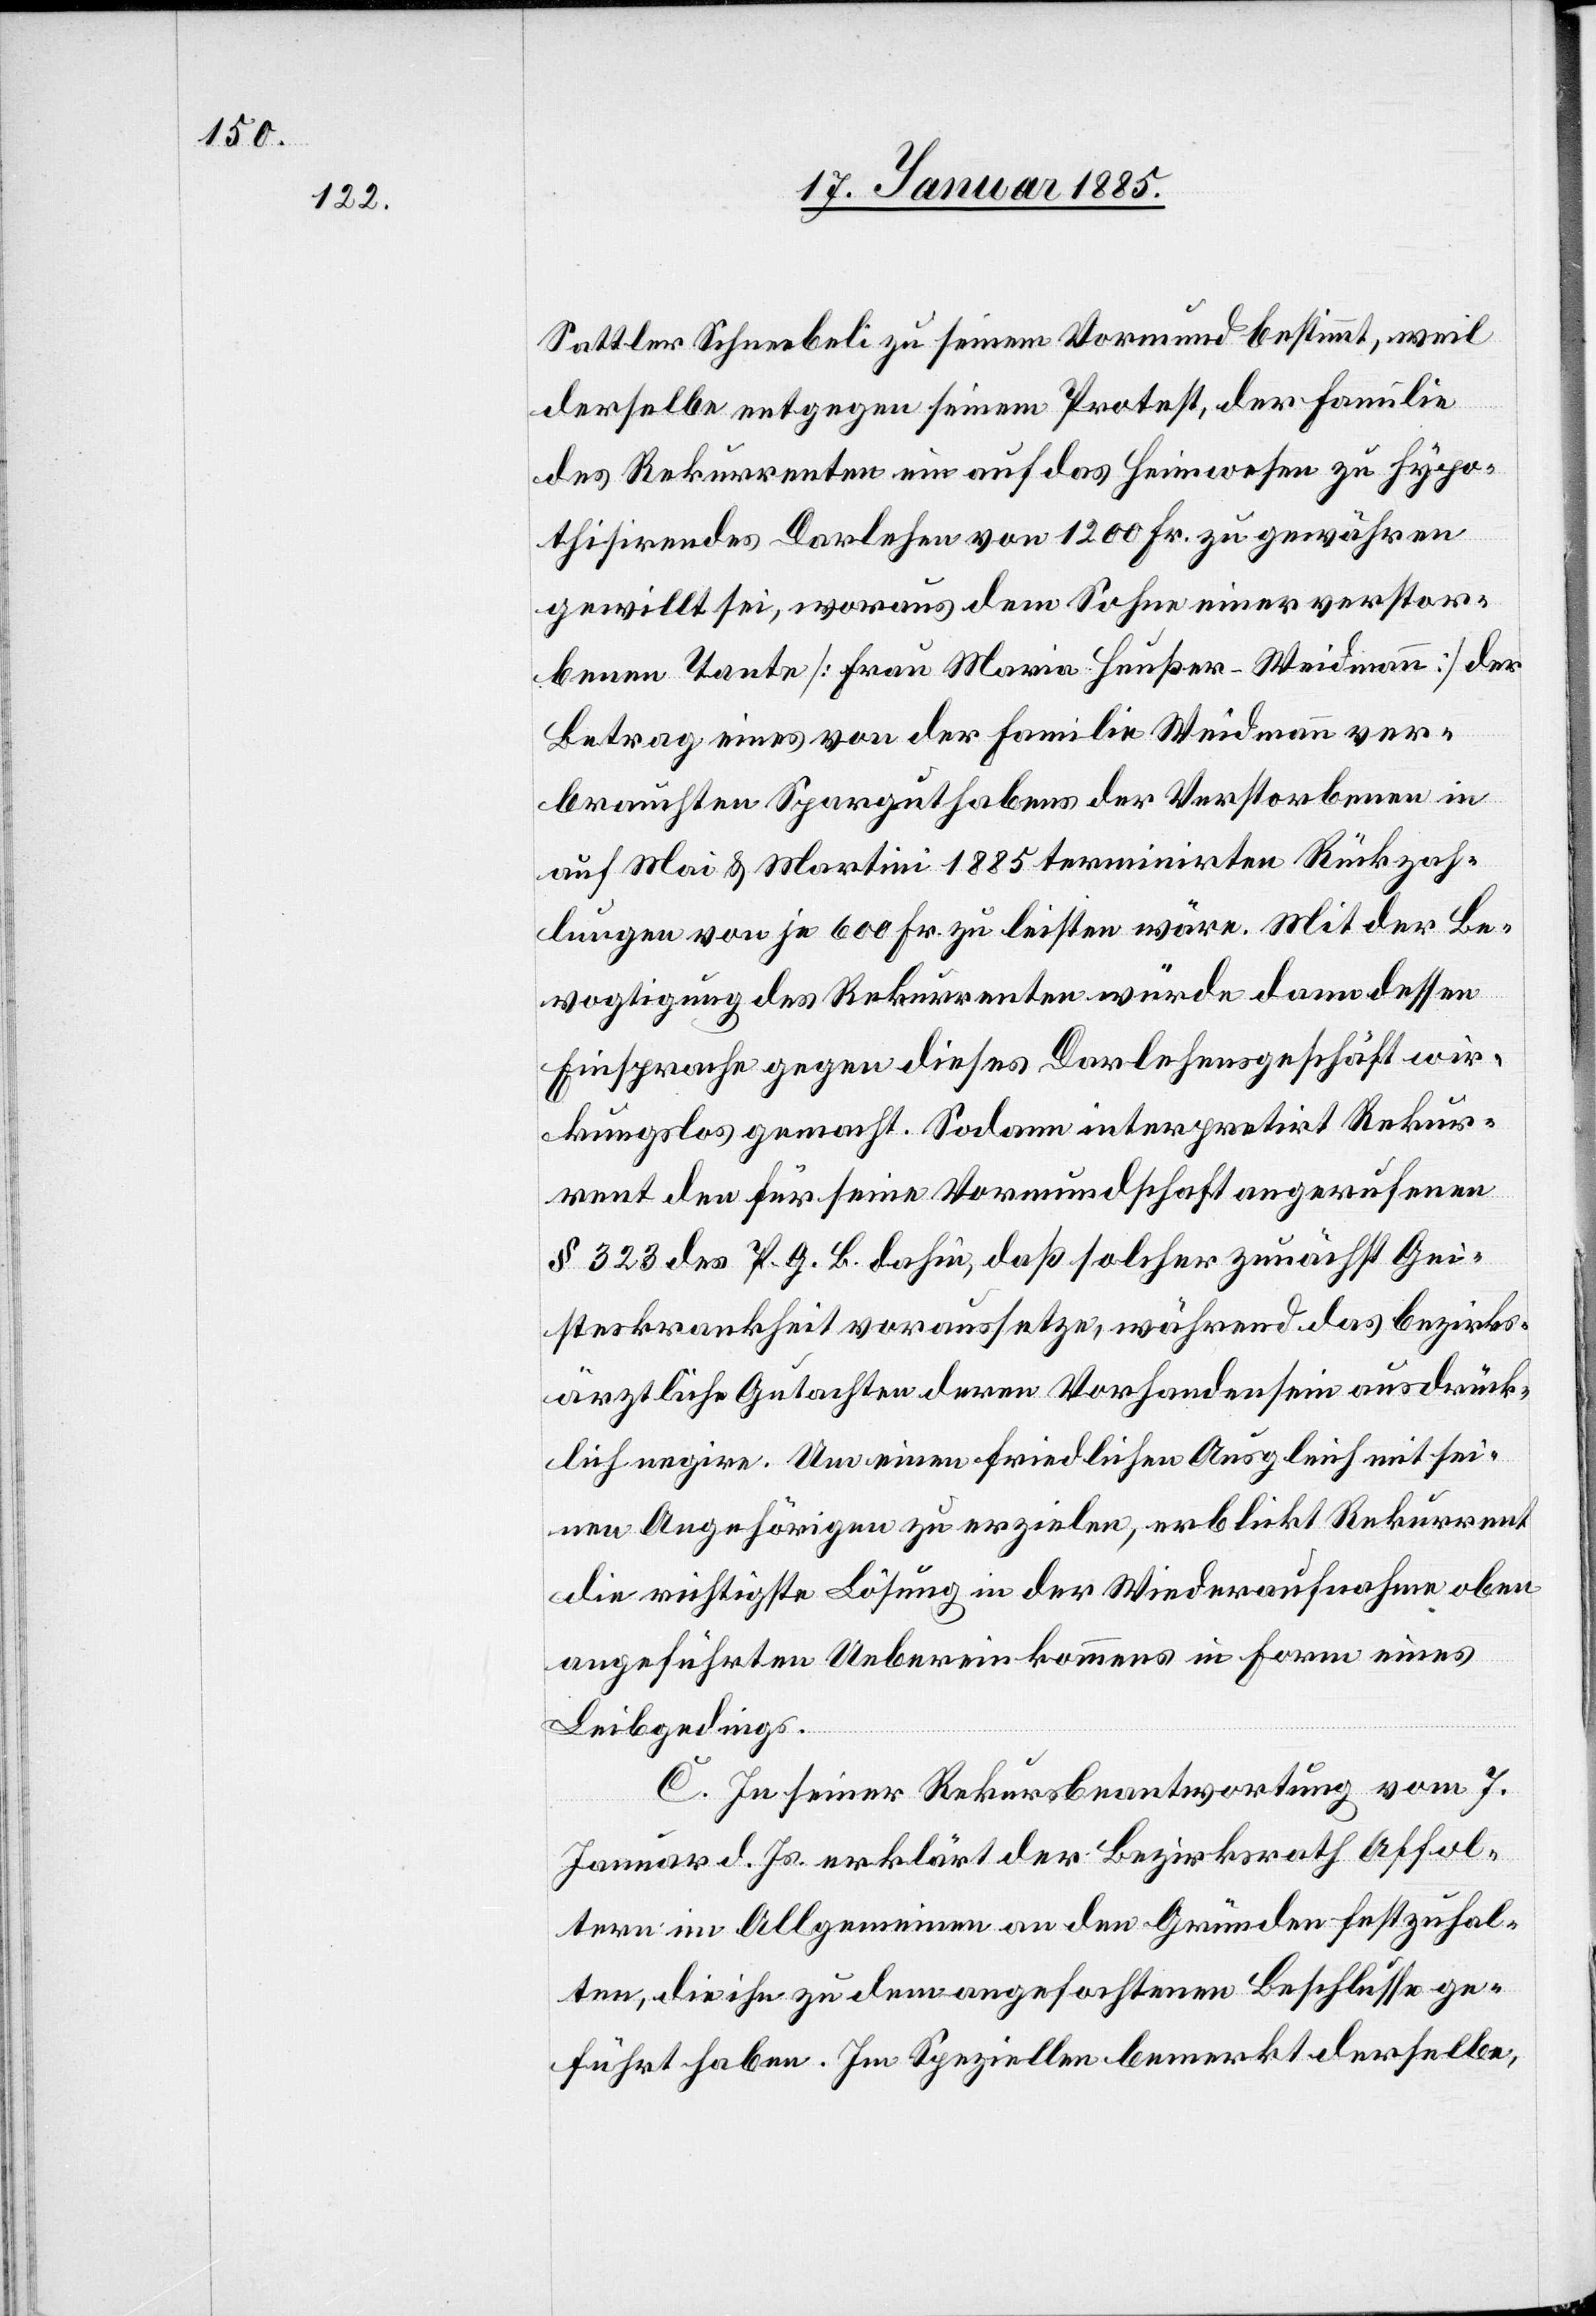
Sattler Schneebeli zu seinem Vormund bestimmt, weil
derselbe entgegen seinem Protest, der Familie
des Rekurrenten ein auf das Heimwesen zu hypo¬
thisirendes Darlehen von 1200 Fr. zu gewähren
gewillt sei, woraus dem Sohne einer verstor¬
benen Tante [Frau Maria Heußer-Weidmann] der
Betrag eines von der Familie Weidmann ver¬
brauchten Sparguthabens der Verstorbenen in
auf Mai & Martini 1885 terminirten Rückzah¬
lungen von je 600 Fr. zu leisten wäre. Mit der Be¬
vogtigung des Rekurrenten würde dann dessen
Einsprache gegen dieses Darlehensgeschäft wir¬
kungslos gemacht. Sodann interpretirt Rekur¬
rent den für seine Vormundschaft angerufenen
§ 323 des P. G. B. dahin, daß solcher zunächst Gei¬
steskrankheit voraussetze, während das bezirks¬
ärztliche Gutachten deren Vorhandensein ausdrück¬
lich negire. Um einen friedlichen Ausgleich mit sei¬
nen Angehörigen zu erzielen, erblickt Rekurrent
die richtigste Lösung in der Wiederaufnahme oben
angeführten Uebereinkommens in Form eines
Leibgedings.
C. In seiner Rekursbeantwortung vom 7.
Januar d. Js. erklärt der Bezirksrath Affol¬
tern im Allgemeinden an den Gründen festzuhal¬
ten, die ihn zu dem angefochtenen Beschlusse ge¬
führt haben. Im Speziellen bemerkt derselbe,